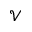
\mathcal V